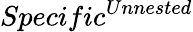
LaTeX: Specific^{Unnested}